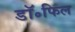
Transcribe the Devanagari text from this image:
डॉ॰फिल